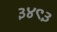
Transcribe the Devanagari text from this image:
३४९३